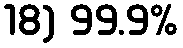
18) 99.9%